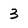
Character: 3